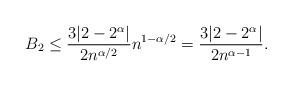
LaTeX: \begin{align*}B_2 \leq \frac{3|2-2^\alpha|}{2n^{\alpha/2}}n^{1-\alpha/2} = \frac{3|2-2^\alpha|}{2n^{\alpha-1}}.\end{align*}